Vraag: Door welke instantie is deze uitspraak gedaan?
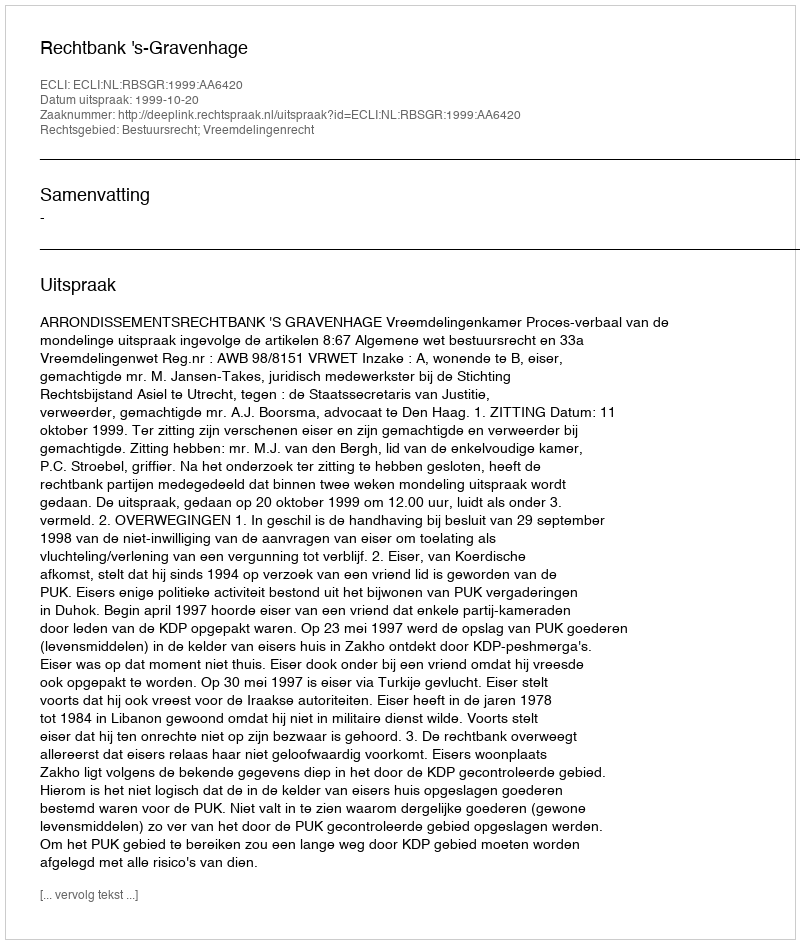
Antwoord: Rechtbank 's-Gravenhage